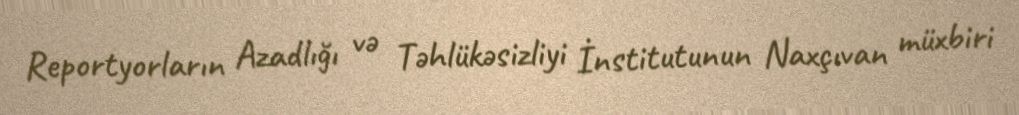
Reportyorların Azadlığı və Təhlükəsizliyi İnstitutunun Naxçıvan müxbiri